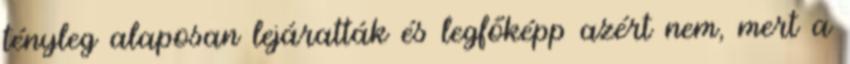
tényleg alaposan lejáratták és legfőképp azért nem, mert a